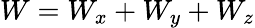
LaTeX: W=W_{x}+W_{y}+W_{z}